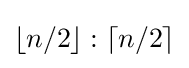
\lfloor n/2\rfloor :\lceil n/2\rceil